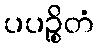
ပပဉ္စိတံ